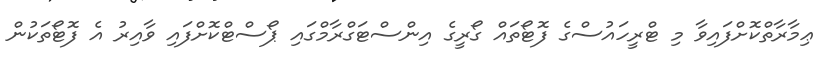
ޢިމާރާތްކޮށްފައިވާ މި ޓްރީހައުސްގެ ފޮޓޯތައް ގޯރީގެ އިންސްޓަގްރާމްގައި ޕޯސްޓްކޮށްފައި ވާއިރު އެ ފޮޓޯތަކުން